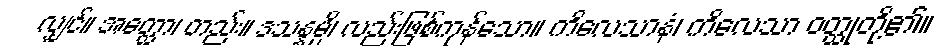
လျှင်။ အတ္ထော၊ တည်း။ ဒသန္နမ္ပိ၊ လည်းဖြစ်ကုန်သော။ ကိလေသာနံ၊ ကိလေသာ ဝတ္ထုတို့၏။